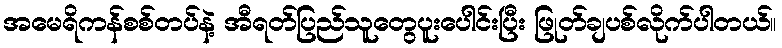
အမေရိကန်စစ်တပ်နဲ့ အီရတ်ပြည်သူတွေပူးပေါင်းပြီး ဖြုတ်ချပစ်လိုက်ပါတယ်။